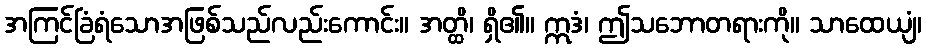
အကြင်ခြံရံသောအဖြစ်သည်လည်းကောင်း။ အတ္ထိ၊ ရှိ၏။ ဣဒံ၊ ဤသဘောတရားကို။ သာထေယျံ၊